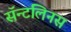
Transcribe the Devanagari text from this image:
सॅन्टलिनस